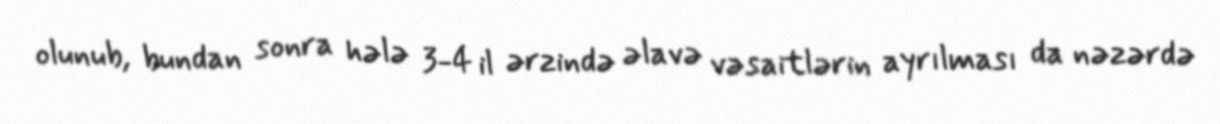
olunub, bundan sonra hələ 3-4 il ərzində əlavə vəsaitlərin ayrılması da nəzərdə